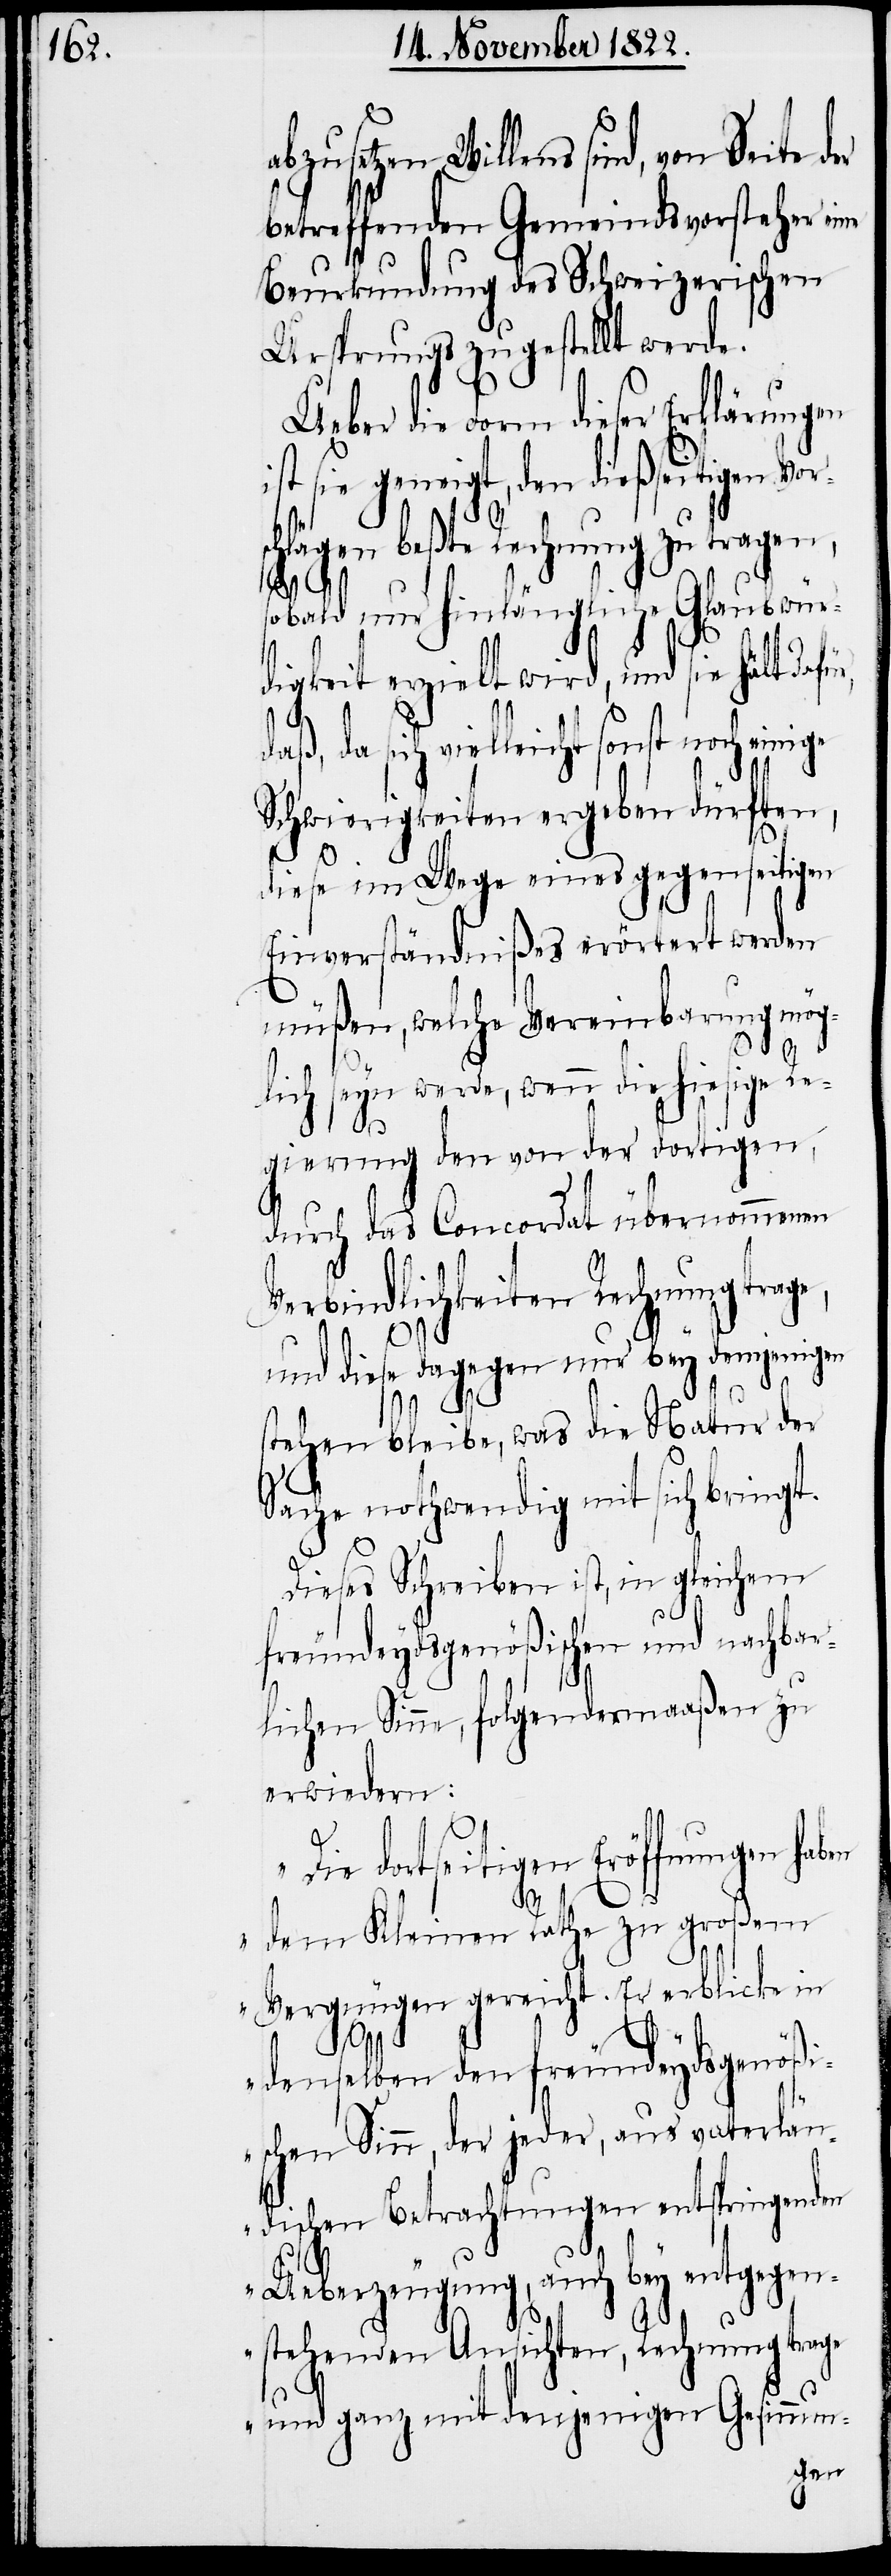
da sich vielleicht sonst noch
betreffenden Gemeindsvorsteher eine
Beurkundung des Schweizerischen
Ursprungs zugestellt werde.
Ueber die Form dieser Erklärungen
sie geneigt, den dießseitigen
beßte Rechnung zu tragen,
sobald nur hinlängliche Glaubwür¬
digkeit erzielt wird, und sie hält
Schwierigkeiten ergeben dürften,
diese im Wege eines gegenseitigen
Einverständnißes erörtert werden
müßen, welche Vereinbarung mög¬
lich seyn werde, wenn die hiesige Re¬
gierung den von der dortigen,
durch das Concordat übernommenen
Verbindlichkeiten Rechnung trag¬
e,
und diese dagegen nur bey demjenigen
stehen bleibe, was die Natur der
Sache nothwendig mit sich bringt.
Dieses Schreiben ist, in gleichem
freundeydsgenößischen und nachbar¬
lichen Sinne, folgendermaßen zu
erwiedern:
abz¬
„Die dortseitigen Eröffnungen haben
dem Kleinen Rathe zu großem
Vergnügen gereicht. Er erblicke in
daß,
denselben den freundeydsgnößi¬
schen Sinn, der jeder, aus vaterlän¬
dischen Betrachtungen entspringenden
Ueberzeugung, auch bey entgegen¬
stehenden Ansichten, Rechnung trage
und ganz mit denjenigen Gesinnun-